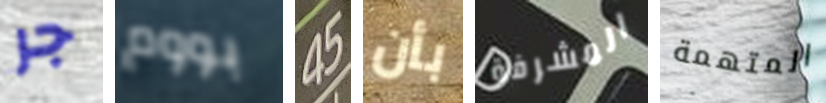
جر بووم 45 بأن المشرفة المتهمة